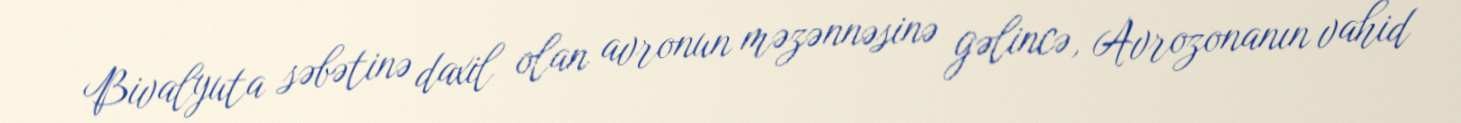
Bivalyuta səbətinə daxil olan avronun məzənnəsinə gəlincə, Avrozonanın vahid